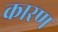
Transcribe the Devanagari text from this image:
कारण